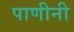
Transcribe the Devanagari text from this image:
पाणीनी